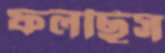
ফলছিস